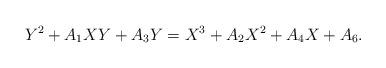
LaTeX: \begin{align*}Y^2 + A_1 XY + A_3 Y = X^3 + A_2 X^2 + A_4 X + A_6.\end{align*}